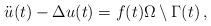
LaTeX: \begin{align*}\ddot{u}(t) - \Delta u(t) = f(t) \Omega \setminus \Gamma(t)\,,\end{align*}